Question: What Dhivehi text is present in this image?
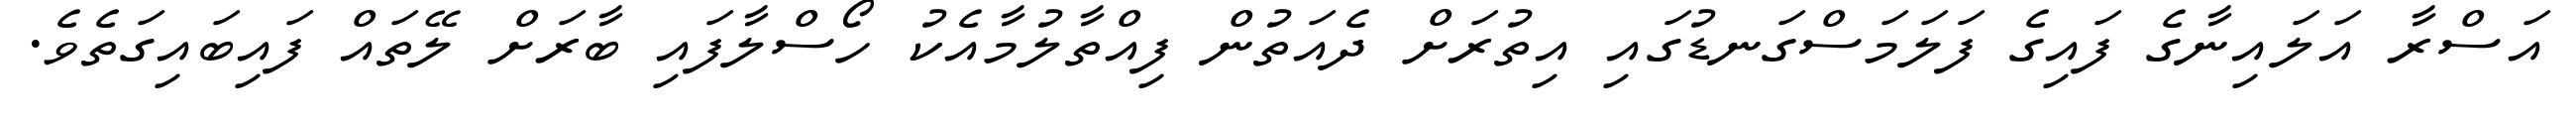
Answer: އަސްރާ އަލައިނާގެ ފައިގެ ފަލަމަސްގަނޑުގައި އިތުރަށް ދެއަތުން ފިއްތާލުމާއެކު ހޯސްލާފައި ބާރަށް ލޭތައް ފައިބައިގަތެވެ.